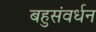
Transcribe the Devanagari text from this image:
बहुसंवर्धन